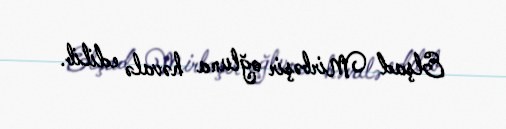
Elşad Mirbəşir oğluna həvalə edilib.